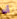
أنه